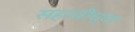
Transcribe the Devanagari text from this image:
सहावीच्या